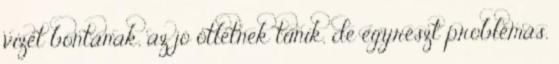
vizet bontanak, az jó ötletnek tűnik, de egyrészt problémás,